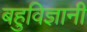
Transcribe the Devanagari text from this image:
बहुविज्ञानी